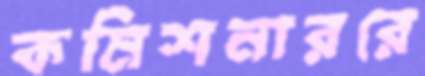
কমিশনাররে